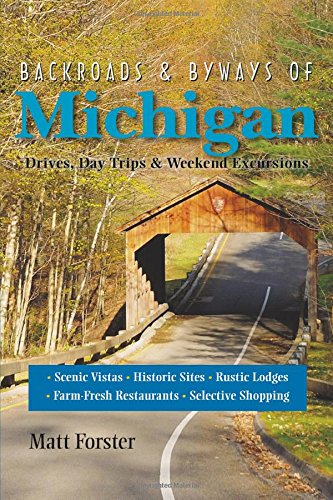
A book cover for Backroads & Byways of Michigan: Drives, Day Trips & Weekend Excursions (Second Edition)  (Backroads & Byways); Matt Forster; Travel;